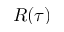
R ( \tau )